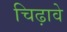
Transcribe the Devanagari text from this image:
चिढ़ावे